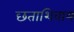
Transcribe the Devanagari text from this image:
छताशिवाय